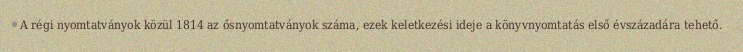
A régi nyomtatványok közül 1814 az ősnyomtatványok száma, ezek keletkezési ideje a könyvnyomtatás első évszázadára tehető.